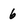
Character: 6